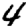
Digit: 4